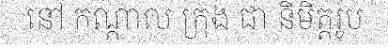
នៅ កណ្តាល ក្រុង ជា និមិត្តរូប